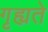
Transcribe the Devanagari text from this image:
गृह्यते